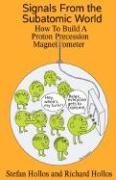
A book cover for Signals from the Subatomic World: How to Build a Proton Precession Magnetometer; Stefan Hollos; Science & Math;